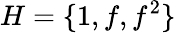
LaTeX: H=\{ 1,f,f^{2}\}